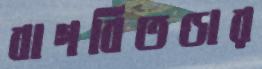
বাগবিতণ্ডার